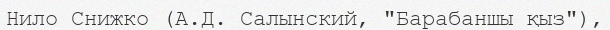
Нило Снижко (А.Д. Салынский, "Барабаншы қыз"),